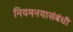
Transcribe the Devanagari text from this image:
नियमनयासंबंधी